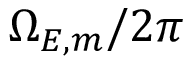
\Omega _ { E , m } / 2 \pi